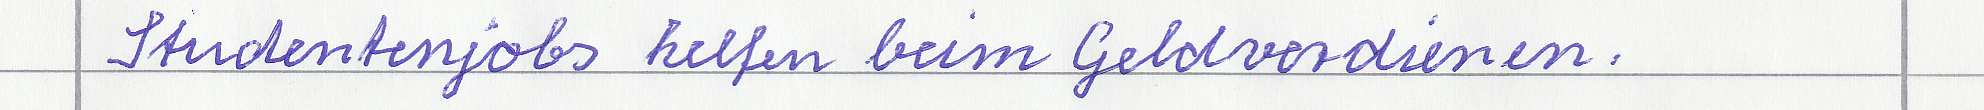
Studentenjobs helfen beim Geldverdienen.